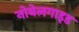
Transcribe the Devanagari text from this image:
नोबेलगाइड